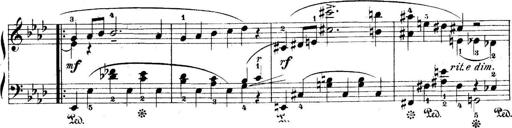
Title: 5 Sonatinas
Composer: Theodor Kirchner